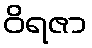
ဝိရဇာ